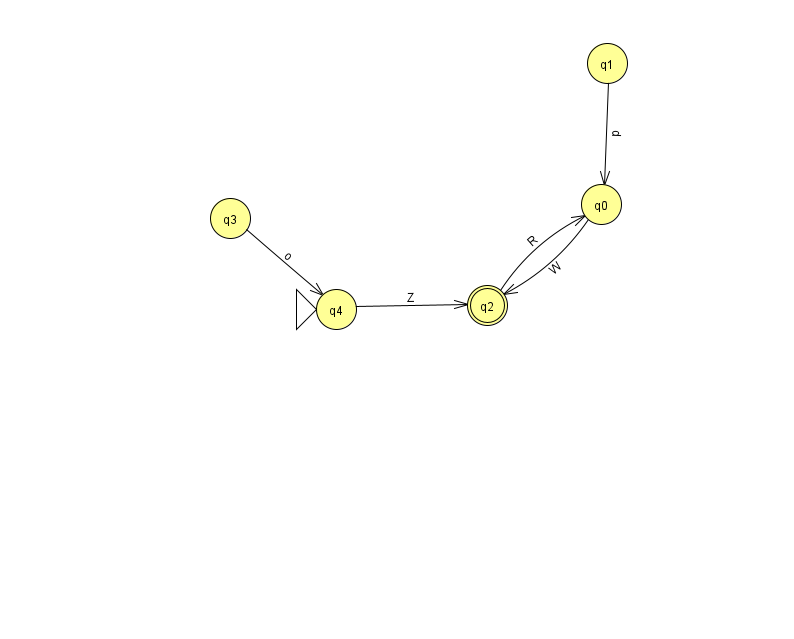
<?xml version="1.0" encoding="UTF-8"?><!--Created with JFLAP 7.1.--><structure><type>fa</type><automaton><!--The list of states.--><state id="0" name="q0"><x>601.0</x><y>191.0</y></state><state id="1" name="q1"><x>607.0</x><y>50.0</y></state><state id="2" name="q2"><x>487.0</x><y>292.0</y><final/></state><state id="3" name="q3"><x>230.0</x><y>205.0</y></state><state id="4" name="q4"><x>336.0</x><y>296.0</y><initial/></state><!--The list of transitions.--><transition><from>2</from><to>0</to><read>R</read></transition><transition><from>4</from><to>2</to><read>Z</read></transition><transition><from>0</from><to>2</to><read>W</read></transition><transition><from>3</from><to>4</to><read>o</read></transition><transition><from>1</from><to>0</to><read>p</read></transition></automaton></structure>